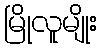
မြိုလူမျိုး